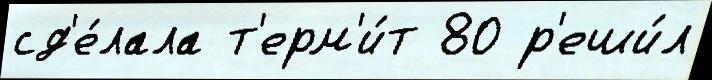
сд'е́лала т'ерм'и́т 80 р'еши́л